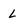
Character: L